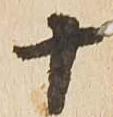
十